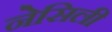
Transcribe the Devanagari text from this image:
नेसिली